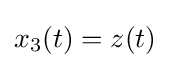
\textstyle x_{3}(t)=z(t)